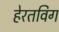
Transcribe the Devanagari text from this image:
हेरतविग